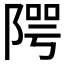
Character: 𨺨